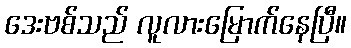
ဒေးဗစ်သည် လူလားမြောက်နေပြီ။